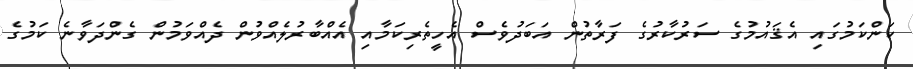
ކަންކަމުގައި އެޤައުމުގެ ސަރުކާރުގެ ފަރާތުން އަބަދުވެސް އެހީތެރިކަމާއި އެއްބާރުލެއްވުން ދެއްވަމުން ގެންދަވާނެ ކަމުގެ